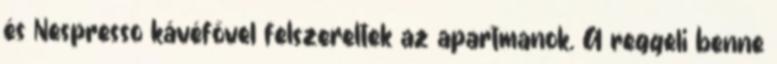
és Nespresso kávéfővel felszereltek az apartmanok. A reggeli benne